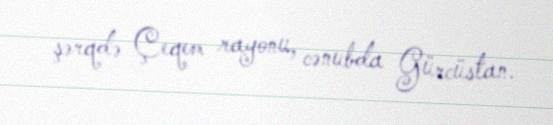
şərqdə Çeqem rayonu, cənubda Gürcüstan.